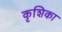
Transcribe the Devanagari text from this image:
कृशिका